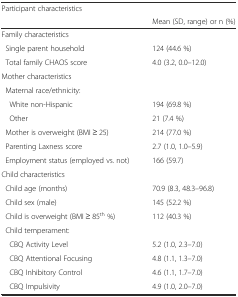
<table><thead><tr><td><b>Participant characteristics</b></td><td></td></tr><tr><td></td><td><b>Mean (SD, range) or n (%)</b></td></tr></thead><tbody><tr><td colspan="2">Family characteristics</td></tr><tr><td> Single parent household</td><td>124 (44.6 %)</td></tr><tr><td> Total family CHAOS score</td><td>4.0 (3.2, 0.0–12.0)</td></tr><tr><td colspan="2">Mother characteristics</td></tr><tr><td> Maternal race/ethnicity:</td><td></td></tr><tr><td> White non-Hispanic</td><td>194 (69.8 %)</td></tr><tr><td> Other</td><td>21 (7.4 %)</td></tr><tr><td> Mother is overweight (BMI ≥ 25)</td><td>214 (77.0 %)</td></tr><tr><td> Parenting Laxness score</td><td>2.7 (1.0, 1.0–5.9)</td></tr><tr><td> Employment status (employed vs. not)</td><td>166 (59.7)</td></tr><tr><td colspan="2">Child characteristics</td></tr><tr><td> Child age (months)</td><td>70.9 (8.3, 48.3–96.8)</td></tr><tr><td> Child sex (male)</td><td>145 (52.2 %)</td></tr><tr><td> Child is overweight (BMI ≥ 85<sup>th</sup> %)</td><td>112 (40.3 %)</td></tr><tr><td> Child temperament:</td><td></td></tr><tr><td> CBQ Activity Level</td><td>5.2 (1.0, 2.3–7.0)</td></tr><tr><td> CBQ Attentional Focusing</td><td>4.8 (1.1, 1.3–7.0)</td></tr><tr><td> CBQ Inhibitory Control</td><td>4.6 (1.1, 1.7–7.0)</td></tr><tr><td> CBQ Impulsivity</td><td>4.9 (1.0, 2.0–7.0)</td></tr></tbody></table>